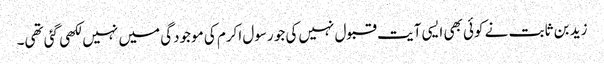
زید بن ثابت نے کوئی بھی ایسی آیت قبول نہیں‌کی جو رسول اکرم کی موجودگی میں‌ نہیں لکھی گئی تھی۔